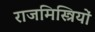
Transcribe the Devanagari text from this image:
राजमिस्त्रियों